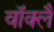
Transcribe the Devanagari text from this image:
वॉक्लैं